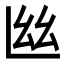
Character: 𢆸